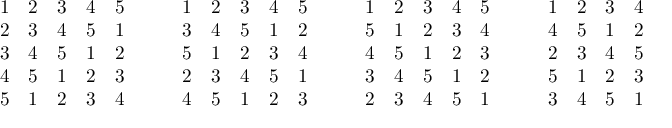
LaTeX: { \begin{array} { l l l l l } { 1 } & { 2 } & { 3 } & { 4 } & { 5 } \\ { 2 } & { 3 } & { 4 } & { 5 } & { 1 } \\ { 3 } & { 4 } & { 5 } & { 1 } & { 2 } \\ { 4 } & { 5 } & { 1 } & { 2 } & { 3 } \\ { 5 } & { 1 } & { 2 } & { 3 } & { 4 } \end{array} } \qquad { \begin{array} { l l l l l } { 1 } & { 2 } & { 3 } & { 4 } & { 5 } \\ { 3 } & { 4 } & { 5 } & { 1 } & { 2 } \\ { 5 } & { 1 } & { 2 } & { 3 } & { 4 } \\ { 2 } & { 3 } & { 4 } & { 5 } & { 1 } \\ { 4 } & { 5 } & { 1 } & { 2 } & { 3 } \end{array} } \qquad { \begin{array} { l l l l l } { 1 } & { 2 } & { 3 } & { 4 } & { 5 } \\ { 5 } & { 1 } & { 2 } & { 3 } & { 4 } \\ { 4 } & { 5 } & { 1 } & { 2 } & { 3 } \\ { 3 } & { 4 } & { 5 } & { 1 } & { 2 } \\ { 2 } & { 3 } & { 4 } & { 5 } & { 1 } \end{array} } \qquad { \begin{array} { l l l l l } { 1 } & { 2 } & { 3 } & { 4 } & { 5 } \\ { 4 } & { 5 } & { 1 } & { 2 } & { 3 } \\ { 2 } & { 3 } & { 4 } & { 5 } & { 1 } \\ { 5 } & { 1 } & { 2 } & { 3 } & { 4 } \\ { 3 } & { 4 } & { 5 } & { 1 } & { 2 } \end{array} } .